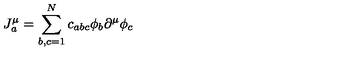
J _ { a } ^ { \mu } = \sum _ { b , c = 1 } ^ { N } c _ { a b c } \phi _ { b } \partial ^ { \mu } \phi _ { c }